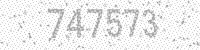
Solution: 747573